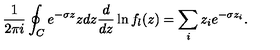
{ \frac { 1 } { 2 \pi i } } \oint _ { C } e ^ { - \sigma z } z d z { \frac { d } { d z } } \ln f _ { l } ( z ) = \sum _ { i } z _ { i } e ^ { - \sigma z _ { i } } .